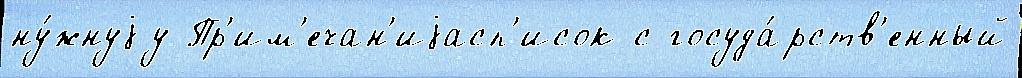
ну́жнуjу Пр'им'ечан'иjасп'исок с госуда́рств'енный